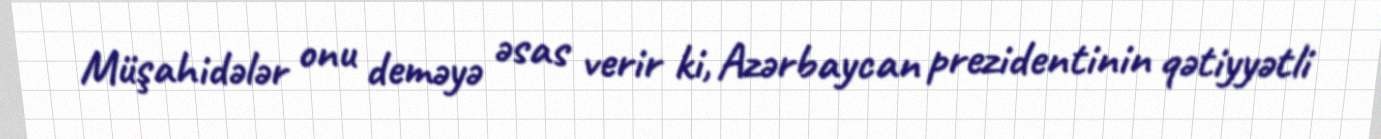
Müşahidələr onu deməyə əsas verir ki, Azərbaycan prezidentinin qətiyyətli